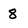
Character: 8